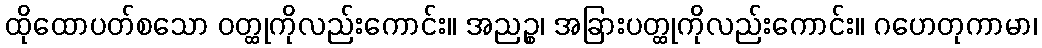
ထိုထောပတ်စသော ဝတ္ထုကိုလည်းကောင်း။ အညဉ္စ၊ အခြားပတ္ထုကိုလည်းကောင်း။ ဂဟေတုကာမာ၊